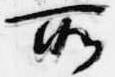
所